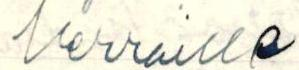
Herroille